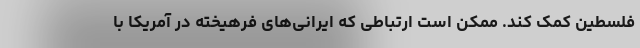
فلسطین کمک کند. ممکن است ارتباطی که ایرانی‌های فرهیخته در آمریکا با